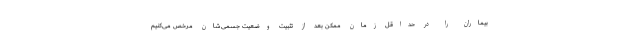
بیماران را در حداقل زمان ممکن بعد از تثبیت وضعیت جسمی‌شان مرخص می‌کنیم